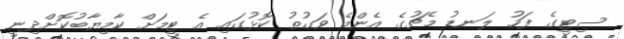
ސިޓީގެ ފަހު ލަނޑު މެޗުގެ އެންމެ ވަގުތު ކޮޅުގައި އެ ޓީމަށް ކާމިޔާބުކޮށްދިނީ